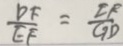
\frac { D F } { E F } = \frac { E P } { G D }